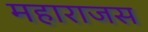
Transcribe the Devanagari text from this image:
महाराजस